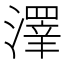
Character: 𱩎